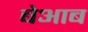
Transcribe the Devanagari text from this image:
बेआब